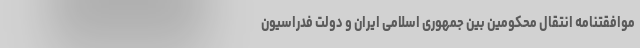
موافقتنامه انتقال محکومین بین جمهوری اسلامی ایران و دولت فدراسیون